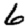
Digit: 6